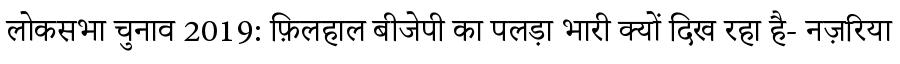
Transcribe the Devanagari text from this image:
लोकसभा चुनाव 2019: फ़िलहाल बीजेपी का पलड़ा भारी क्यों दिख रहा है- नज़रिया